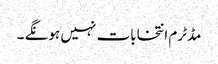
مڈٹرم انتخابات نہیں ہونگے ۔